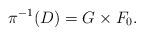
LaTeX: \begin{align*}\pi^{-1}(D) = G\times F_0.\end{align*}